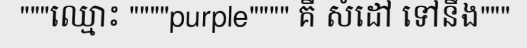
"""ឈ្មោះ """"purple"""" គឺ សំដៅ ទៅនឹង"""